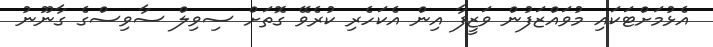
އެޅުމަށްޓަކައި މުވައްޒަފުން ވަޒީފާ އިން އެކަހެރި ކުރެވޭ ގޮތަށް ސިވިލް ސާވިސްގެ ގާނޫނު